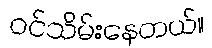
ဝင်သိမ်းနေတယ်။